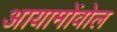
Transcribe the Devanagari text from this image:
आयामोंवोल